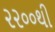
૨૨૦૦થી